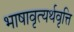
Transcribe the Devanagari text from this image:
भाषावृत्यर्थवृत्ति